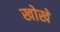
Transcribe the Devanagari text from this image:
खोखे